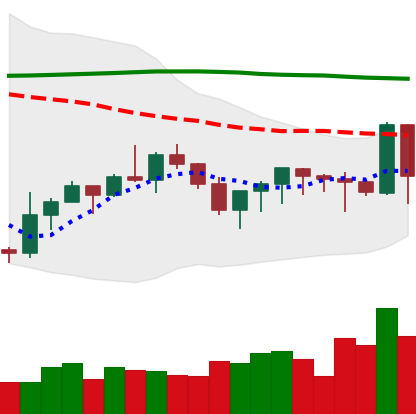
Ticker: XMR-USD
Chart end date: 2019-09-19
Forward return: -22.11%
Label: down_7plus